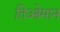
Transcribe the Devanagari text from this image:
तिओमान